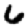
Digit: 6